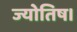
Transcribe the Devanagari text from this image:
ज्‍योतिष।